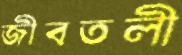
জীবতলী